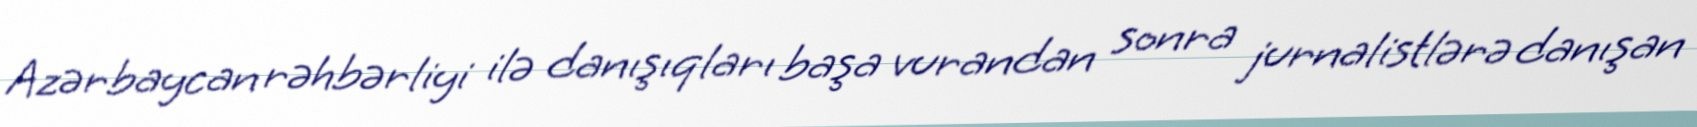
Azərbaycan rəhbərliyi ilə danışıqları başa vurandan sonra jurnalistlərə danışan